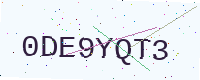
Text: 0DE9YQT3